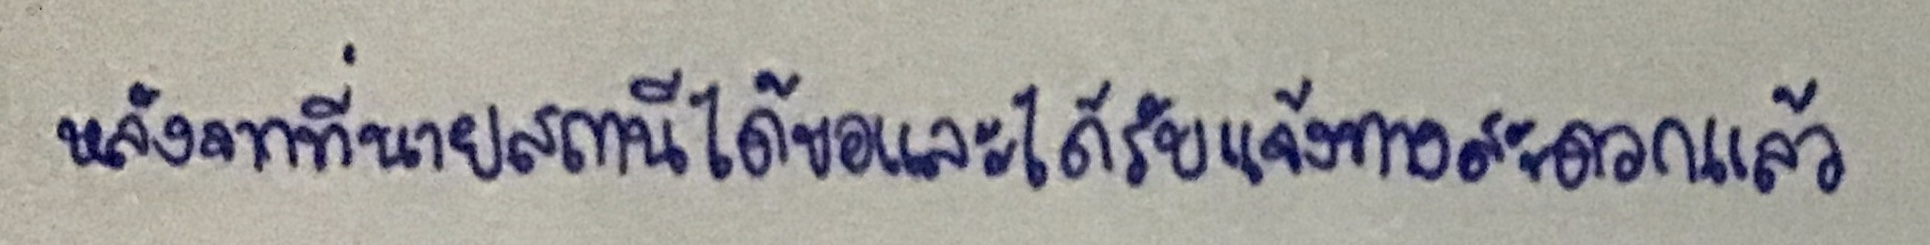
หลังจากที่นายสถานีได้ขอและได้รับแจ้งทางสะดวกแล้ว